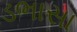
ડભાસા